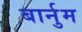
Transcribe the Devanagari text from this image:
बार्नुम